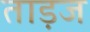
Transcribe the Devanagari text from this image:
ताड़ज